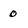
Character: 0